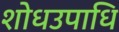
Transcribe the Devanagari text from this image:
शोधउपाधि